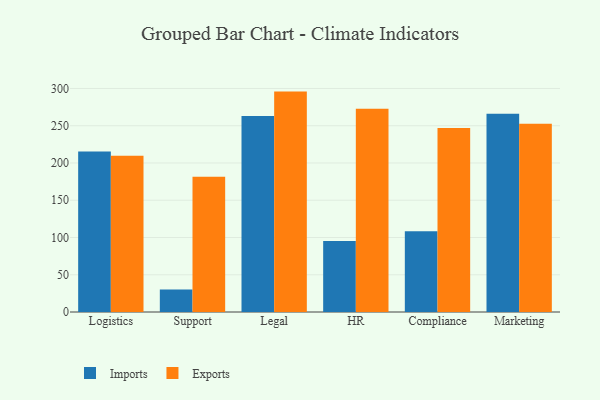
{"axis": {"x": "Department", "y": "Headcount"}, "legend": ["Exports", "Imports"], "data": [{"x": "Logistics", "y": 215.3, "type": "Imports"}, {"x": "Logistics", "y": 209.6, "type": "Exports"}, {"x": "Support", "y": 30.2, "type": "Imports"}, {"x": "Support", "y": 181.4, "type": "Exports"}, {"x": "Legal", "y": 263.2, "type": "Imports"}, {"x": "Legal", "y": 295.8, "type": "Exports"}, {"x": "HR", "y": 95.2, "type": "Imports"}, {"x": "HR", "y": 272.7, "type": "Exports"}, {"x": "Compliance", "y": 108.4, "type": "Imports"}, {"x": "Compliance", "y": 247.0, "type": "Exports"}, {"x": "Marketing", "y": 266.0, "type": "Imports"}, {"x": "Marketing", "y": 252.5, "type": "Exports"}]}